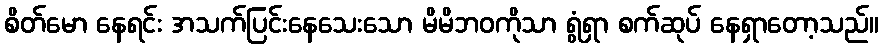
စိတ်မော နေရင်း အသက်ပြင်းနေသေးသော မိမိဘဝကိုသာ ရွံရှာ စက်ဆုပ် နေရှာတော့သည်။